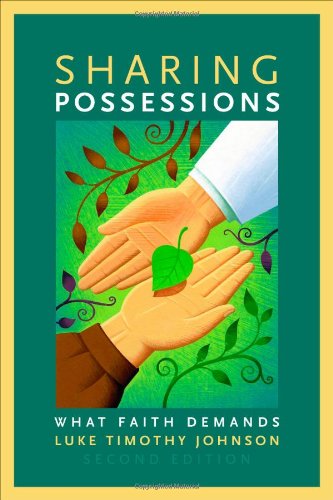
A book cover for Sharing Possessions: What Faith Demands, Second Edition; Luke Timothy Johnson; Christian Books & Bibles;